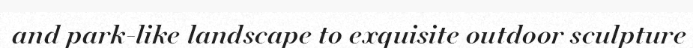
and park-like landscape to exquisite outdoor sculpture